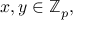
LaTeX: x , y \in \mathbb { Z } _ { p } ,